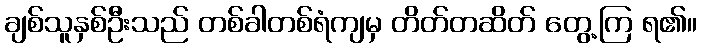
ချစ်သူနှစ်ဦးသည် တစ်ခါတစ်ရံကျမှ တိတ်တဆိတ် တွေ့ကြ ရ၏။